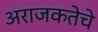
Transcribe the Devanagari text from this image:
अराजकतेचे